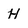
Character: H